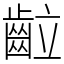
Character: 䶘